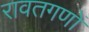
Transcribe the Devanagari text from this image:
रावतगणों